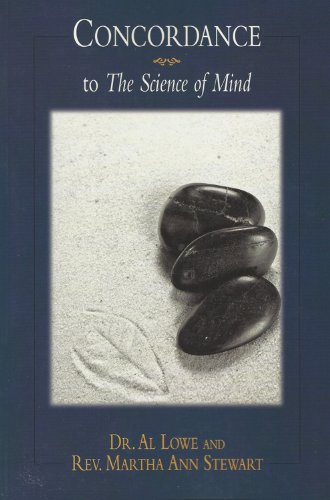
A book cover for Concordance to the Science of Mind; Rev. Martha Ann Stewart; Religion & Spirituality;